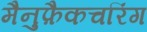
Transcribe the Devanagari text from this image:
मैनुफ़ैकचरिंग